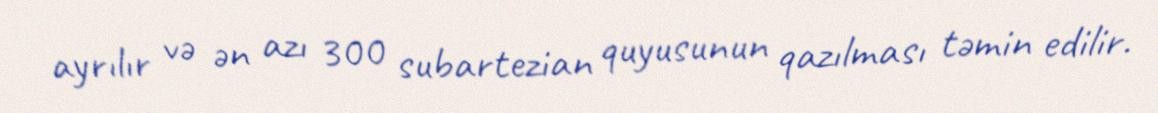
ayrılır və ən azı 300 subartezian quyusunun qazılması təmin edilir.